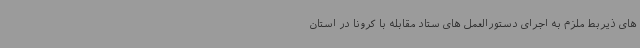
های ذیربط ملزم به اجرای دستورالعمل های ستاد مقابله با کرونا در استان